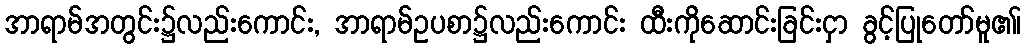
အာရာမ်အတွင်း၌လည်းကောင်း, အာရာမ်ဥပစာ၌လည်းကောင်း ထီးကိုဆောင်းခြင်းငှာ ခွင့်ပြုတော်မူ၏၊